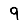
Digit: 9